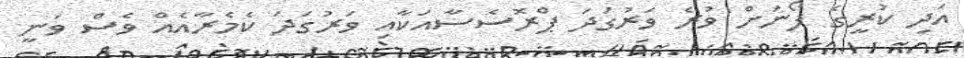
އަދި ކުރީގެ ފޯނަށް ވުރެ ވަރުގަދަ ޕްރޮސެސާއަކާއި ވަރުގަދަ ކެމެރާއެއް ވެސް ވަނީ